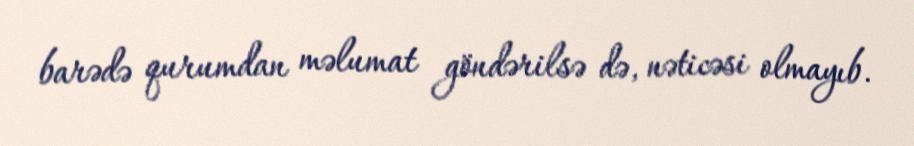
barədə qurumdan məlumat göndərilsə də, nəticəsi olmayıb.